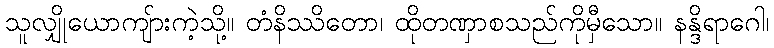
သူလျှိုယောကျ်ားကဲ့သို့။ တံနိဿိတော၊ ထိုတဏှာစသည်ကိုမှီသော။ နန္ဒိရာဂေါ၊